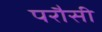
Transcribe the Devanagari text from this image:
परौसी